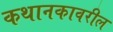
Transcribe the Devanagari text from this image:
कथानकावरील